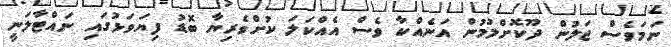
ނަމަވެސް ޖަލުން ދޫކޮށްލުމުން އަނެއްކާ ވެސް އެއްކަލަ ކުށްވެރިޔާ ބޮޑު ފިޔަވަޅުގައި ނައްޓާލަނީ